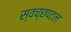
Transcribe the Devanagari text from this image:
स्वच्छपटल